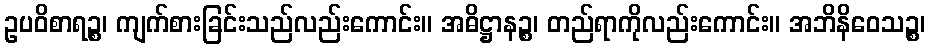
ဥပဝိစာရဉ္စ၊ ကျက်စားခြင်းသည်လည်းကောင်း။ အဓိဋ္ဌာနဉ္စ၊ တည်ရာကိုလည်းကောင်း။ အဘိနိဝေသဉ္စ၊